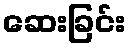
ဆေးခြင်း